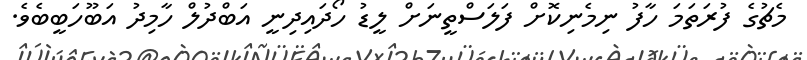
މެޗުގެ ފުރަތަމަ ހާފު ނިމެނިކޮށް ފަލަސްތީނަށް ލީޑު ހޯދައިދިނީ އަބްދުލް ހާމިދު އަބޫހަބީބެވެ.